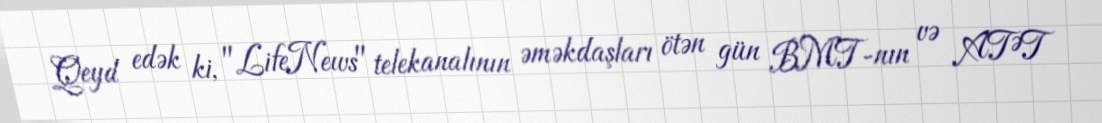
Qeyd edək ki, "LifeNews" telekanalının əməkdaşları ötən gün BMT-nın və ATƏT